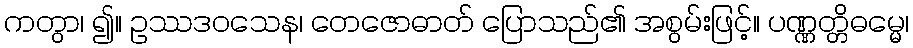
ကတွာ၊ ၍။ ဥဿဒဝသေန၊ တေဇောဓာတ် ပြောသည်၏ အစွမ်းဖြင့်။ ပဏ္ဏတ္တိဓမ္မေ၊